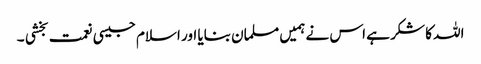
اللہ کا شکر ہے اس نے ہمیں مسلمان بنایا اور اسلام جیسی نعمت بخشی ۔